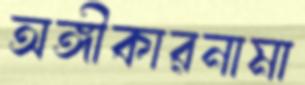
অঙ্গীকারনামা